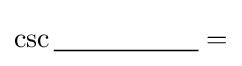
\csc {\underline {\;~~~~~~~~~~~~~~\;}}=